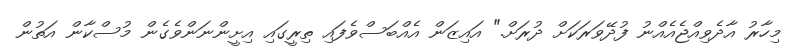
މިހާރު އާދެވިއްޖެއެއްނު ފުދޭވަރަކަށް ދުރަށް." އައިޒަން އެއްބަސްވެފައި ތިރީގައި އިށީންނަންވެގެން މުސްކާން އަތުން